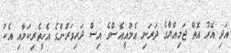
އަދި އޭރު އޮތް ޖަމިއްޔާގެ ދަރަނި އެމްއީއެސްގެ އިސް ދަރިވަރުންގެ އެހީތެރިކަމާއި އެކު